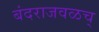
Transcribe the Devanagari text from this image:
बंदराजवळच्